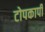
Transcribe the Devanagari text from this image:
टोपकापी